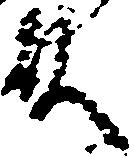
殿